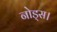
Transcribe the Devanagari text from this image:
नोड्स।